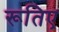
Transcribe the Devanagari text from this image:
रूतिए